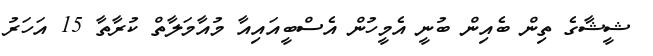
ޝީޝާގެ ތިން ބެއިން ބުނީ އެމީހުން އެސްބީއައިއާ މުއާމަލާތް ކުރާތާ 15 އަހަރު